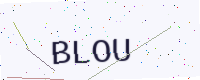
Text: BLOU